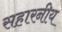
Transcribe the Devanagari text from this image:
सहारनीय